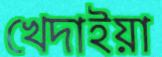
খেদাইয়া